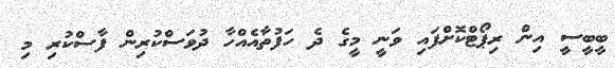
ބީބީސީ އިން ރިޕޯޓްކޮށްފައި ވަނީ މީގެ ދެ ހަފުތާއެއްހާ ދުވަސްކުރިން ފާސްކުރި މި